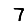
Digit: 7